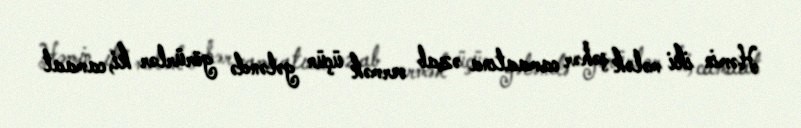
Həmin iki mələk şəhər camaatına əzab vermək üçün gələndə görürlər ki, camaat